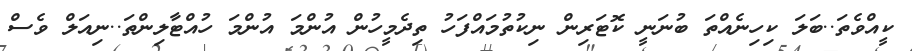
ކީއްވެތަ..ބަލަ ކިހިނެއްތަ ބުނަނީ ކޮޓަރިން ނިކުތުމައްފަހު ތިދެމީހުން އުންމަ އުންމަ ހުއްޓާލިންތަ..ނިއަލް ވެސް